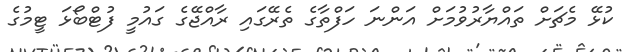
ކުޅޭ މެޗަށް ތައްޔާރުވުމަށް އަންނަ ހަފްތާގެ ތެރޭގައި ރާއްޖޭގެ ގައުމީ ފުޓްބޯޅަ ޓީމުގެ